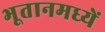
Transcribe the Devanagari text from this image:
भूतानमध्यें